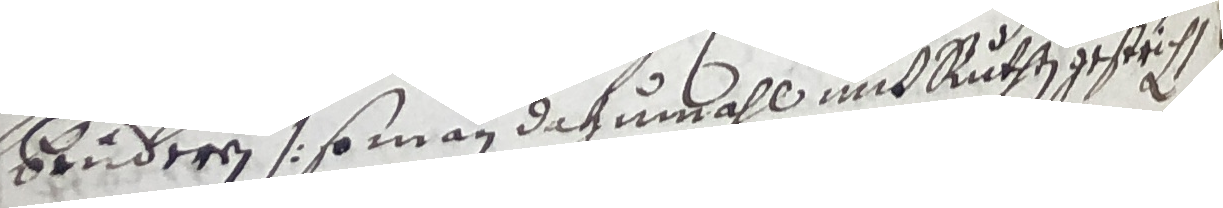
brideren  so man dazumahl und ruthen gesticht